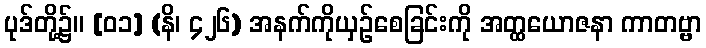
ပုဒ်တို့၌။ [၀၁] (နိ၊ ၄၂၆) အနက်ကိုယှဉ်စေခြင်းကို အတ္ထယောဇနာ ကာတဗ္ဗာ